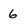
Character: 6